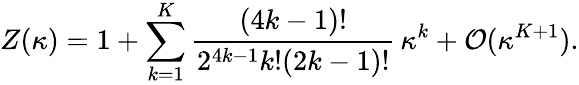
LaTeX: Z(\kappa)=1+\sum_{k=1}^{K}{\frac{(4k-1)!}{2^{4k-1}k!(2k-1)!}}\, \kappa^{k}+{\cal O}(\kappa^{K+1}).